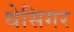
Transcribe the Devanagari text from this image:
थेसिगर